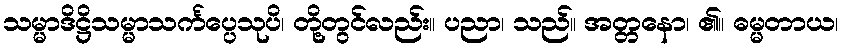
သမ္မာဒိဋ္ဌိသမ္မာသင်္ကပ္ပေသုပိ၊ တို့တွင်လည်း။ ပညာ၊ သည်။ အတ္တနော၊ ၏။ ဓမ္မတာယ၊